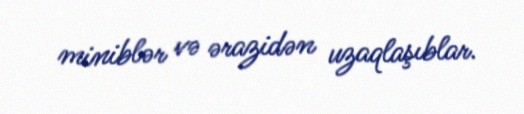
miniblər və ərazidən uzaqlaşıblar.